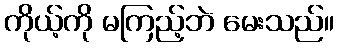
ကိုယ့်ကို မကြည့်ဘဲ မေးသည်။